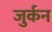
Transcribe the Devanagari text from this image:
जुर्कन